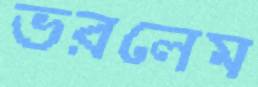
ভরলেম